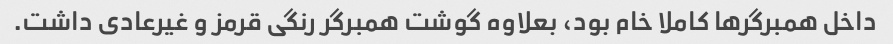
داخل همبرگرها کاملا خام بود، بعلاوه گوشت همبرگر رنگی قرمز و غیرعادی داشت.